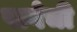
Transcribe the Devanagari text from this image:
पागेची